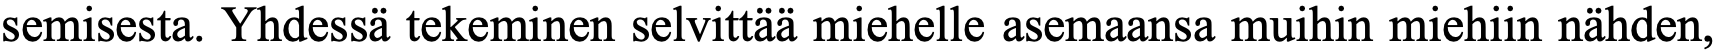
semisesta. Yhdessä tekeminen selvittää miehelle asemaansa muihin miehiin nähden,